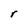
Character: r